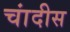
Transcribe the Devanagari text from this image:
चांदीस